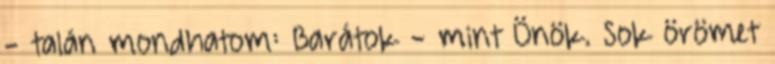
- talán mondhatom: Barátok - mint Önök. Sok örömet